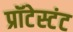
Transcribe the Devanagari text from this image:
प्रॉटेस्टंट